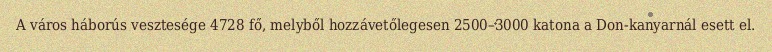
A város háborús vesztesége 4728 fő, melyből hozzávetőlegesen 2500–3000 katona a Don-kanyarnál esett el.